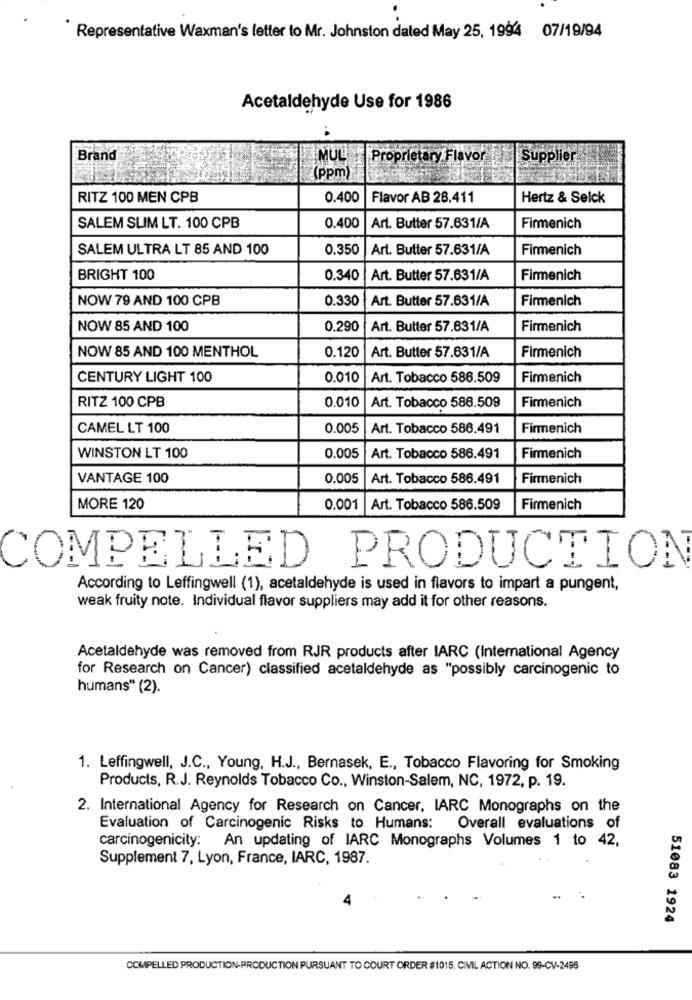
Representative Waxman's letter to Mr. Johnston dated May 25, 1994 07/19/94
Acetaldehyde Use for 1986
Brand
MUL
Proprietary Flavor
Supplier
(ppm)
RITZ 100 MEN CPB
0,400
Flavor AB 28.411
Hertz & Selck
SALEM SLIM LT. 100 CPB
0.400
Art. Butter 57.631/A
Firmenich
SALEM ULTRA LT 85 AND 100
0.350
Art. Butter 57.631/A
Firmenich
BRIGHT 100
0.340
Art. Butter 57.631/A
Firmenich
NOW 79 AND 100 CPB
0.330
Art. Butter 57.631/A
Firmenich
NOW 85 AND 100
0.290
Art. Butter 57.631/A
Firmenich
NOW 85 AND 100 MENTHOL
0.120
Art. Butter 57.631/A
Firmenich
CENTURY LIGHT 100
0.010
Art. Tobacco 586.509
Firmenich
RITZ 100 CPB
0.010
Art. Tobacco 586.509
Firmenich
CAMEL LT 100
0.005
Art. Tobacco 586.491
Firmenich
WINSTON LT 100
0.005
Art. Tobacco 586.491
Firmenich
VANTAGE 100
0.005
Art. Tobacco 586.491
Firmenich
MORE 120
0.001
Art. Tobacco 586.509
Firmenich
COMPELLED PRODUCTION
According to Leffingwell (1), acetaldehyde is used in flavors to impart a pungent,
weak fruity note. Individual flavor suppliers may add it for other reasons.
Acetaldehyde was removed from RJR products after IARC (International Agency
for Research on Cancer) classified acetaldehyde as "possibly carcinogenic to
humans“ (2).
1. Leffingwell, J.C ., Young, H.J ., Bernasek, E ., Tobacco Flavoring for Smoking
Products, R.J. Reynolds Tobacco Co ., Winston-Salem, NC, 1972, p. 19.
2. International Agency for Research on Cancer, IARC Monographs on the
Evaluation of Carcinogenic Risks to Humans:
Overall evaluations of
carcinogenicity: An updating of IARC Monographs Volumes 1 to 42,
Supplement 7, Lyon, France, IARC, 1987.
4
51083 1924
COMPELLED PRODUCTION-PRODUCTION PURSUANT TO COURT ORDER #1015, CIVIL ACTION NO. 99-CV-2496